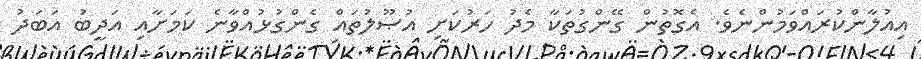
އިއުލާންކުރައްވަމުންނެވެ. އެގޮތުން ގޭންގުތަކާ މެދު ހަރުކަށި އުޞޫލުތައް ގެންގުޅުއްވާނެ ކަމަށާއި އަދީބު އަބަދު